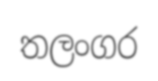
තලංගර